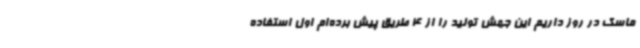
ماسک در روز داریم این جهش تولید را از 4 طریق پیش برده‌ام اول استفاده